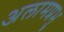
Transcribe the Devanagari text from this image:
अलामप्रभु